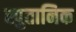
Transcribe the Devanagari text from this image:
स्पुतानिक